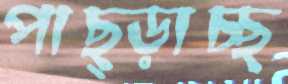
পাছ্‌ড়াচ্ছ